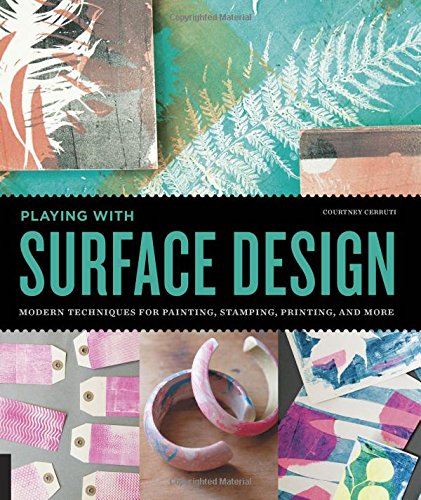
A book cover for Playing with Surface Design: Modern Techniques for Painting, Stamping, Printing and More; Courtney Cerruti; Crafts, Hobbies & Home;